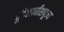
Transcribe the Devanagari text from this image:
बुंदेलाधीशपूज्य